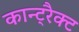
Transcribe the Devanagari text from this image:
कान्ट्रैक्ट